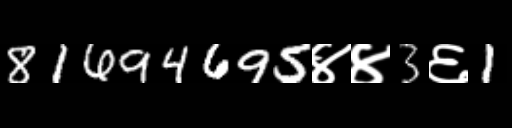
Text: 81694695४४3६1